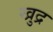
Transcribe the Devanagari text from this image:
खुद्र